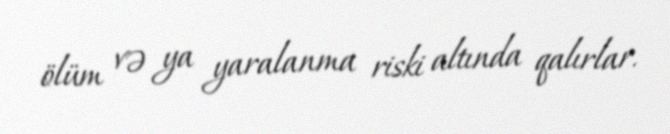
ölüm və ya yaralanma riski altında qalırlar.